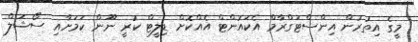
މީގެ އިތުރުން އިންސްޓަގްރާމް އެކައުންޓް އެއްކޮށް ޑިލީޓް ކުރީ ނޫން ކަމަށާއި ސޯޝަލް